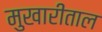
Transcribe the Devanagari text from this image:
मुखारीताल